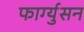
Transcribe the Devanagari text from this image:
फार्ग्युसन